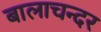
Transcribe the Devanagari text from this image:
बालाचन्दर